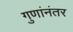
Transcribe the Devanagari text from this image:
गुणांनंतर